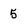
Character: 5